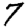
Digit: 7